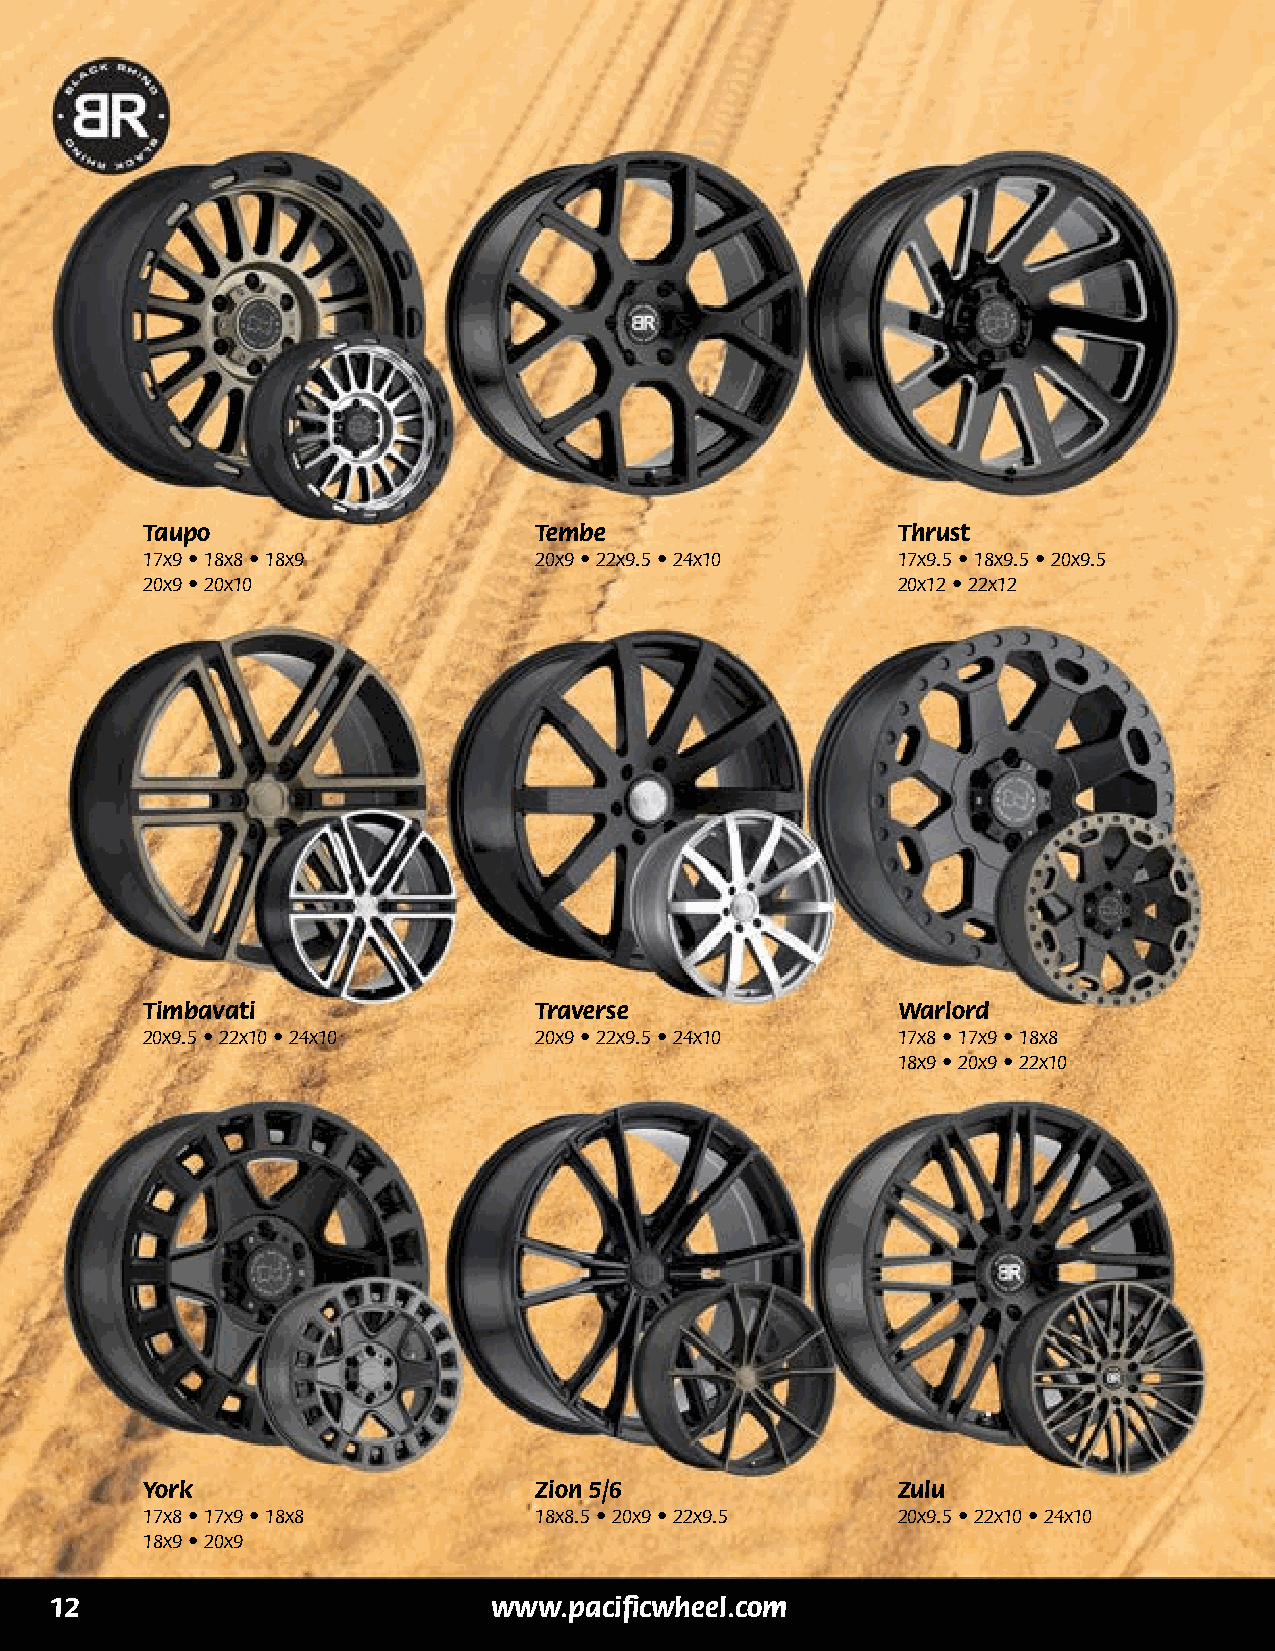
Taupo                     Tembe                   Thrust
 17x9 • 18x8 • 18x9        20x9 • 22x9.5 • 24x10   17x9.5 • 18x9.5 • 20x9.5
 20x9 • 20x10                                      20x12 • 22x12
 Timbavati                 Traverse                Warlord
 20x9.5 • 22x10 • 24x10    20x9 • 22x9.5 • 24x10   17x8 • 17x9 • 18x8
 18x9 • 20x9 • 22x10
 York                      Zion 5/6                Zulu
 17x8 • 17x9 • 18x8        18x8.5 • 20x9 • 22x9.5  20x9.5 • 22x10 • 24x10
 18x9 • 20x9
 12                            www.pacificwheel.com